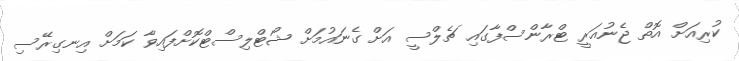
ކުރިއަށް އޮތް ޖެނުއަރީ ޓްރާންސްފާގައި ޗެލްސީ އަށް ގެނައުމަށް ޝޯޓްލިސްޓްކޮށްފައިވާ ކަމަށް އިނގިރޭސި